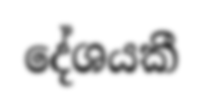
දේශයකී